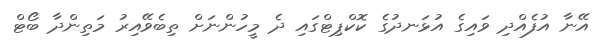
އޭނާ އުފެއްދި ވައިގެ އުޅަނދުގެ ކޮކްޕިޓްގައި ދެ މީހުންނަށް ތިބެވޭއިރު މަތިންދާ ބޯޓް